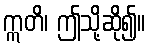
ဣတိ၊ ဤသို့ဆို၍။